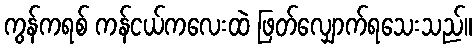
ကွန်ကရစ် ကန်ငယ်ကလေးထဲ ဖြတ်လျှောက်ရသေးသည်။